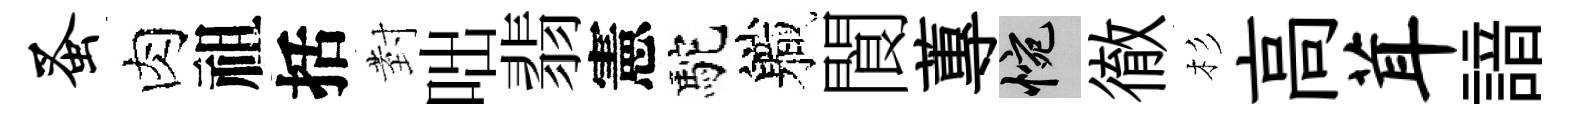
蚤肉祖括𭔹咄翡憲駝軄閬蓴惋徹杉高茸諳